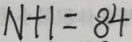
N + 1 = 8 4